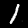
Label: 1